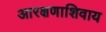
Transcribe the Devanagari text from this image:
आरक्षणाशिवाय